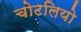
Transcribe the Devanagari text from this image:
चोटलियो